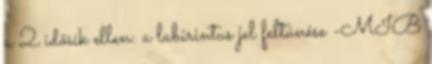
a 2 idősík ellen: a labirintus jel feltünése -MIB